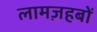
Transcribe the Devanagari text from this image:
लामज़हबों